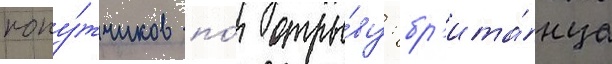
попу́тчиков по́ отры́ву: бр'ита́нца